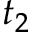
t _ { 2 }